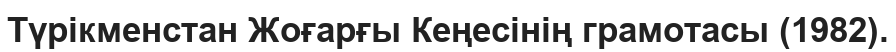
Түрікменстан Жоғарғы Кеңесінің грамотасы (1982).